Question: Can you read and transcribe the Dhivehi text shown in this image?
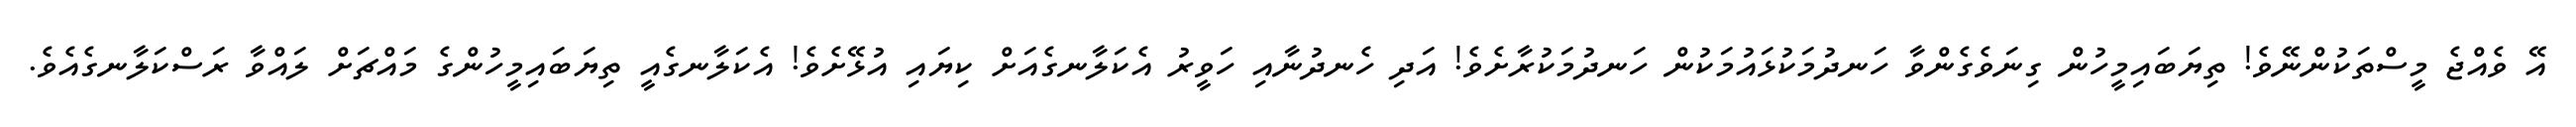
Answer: އޭ ވެއްޖެ މީސްތަކުންނޭވެ! ތިޔަބައިމީހުން ގިނަވެގެންވާ ހަނދުމަކުޅައުމަކުން ހަނދުމަކުރާށެވެ! އަދި ހެނދުނާއި ހަވީރު އެކަލާނގެއަށް ކިޔައި އުޅޭށެވެ! އެކަލާނގެއީ ތިޔަބައިމީހުންގެ މައްޗަށް ލައްވާ ރަސްކަލާނގެއެވެ.